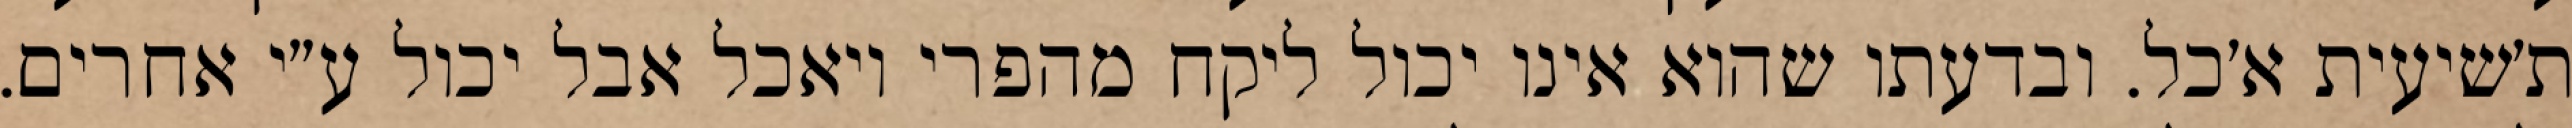
ת׳שיעית א׳כל. ובדעתו שהוא אינו יכול ליקח מהפרי ויאכל אבל יכול ע״י אחרים.